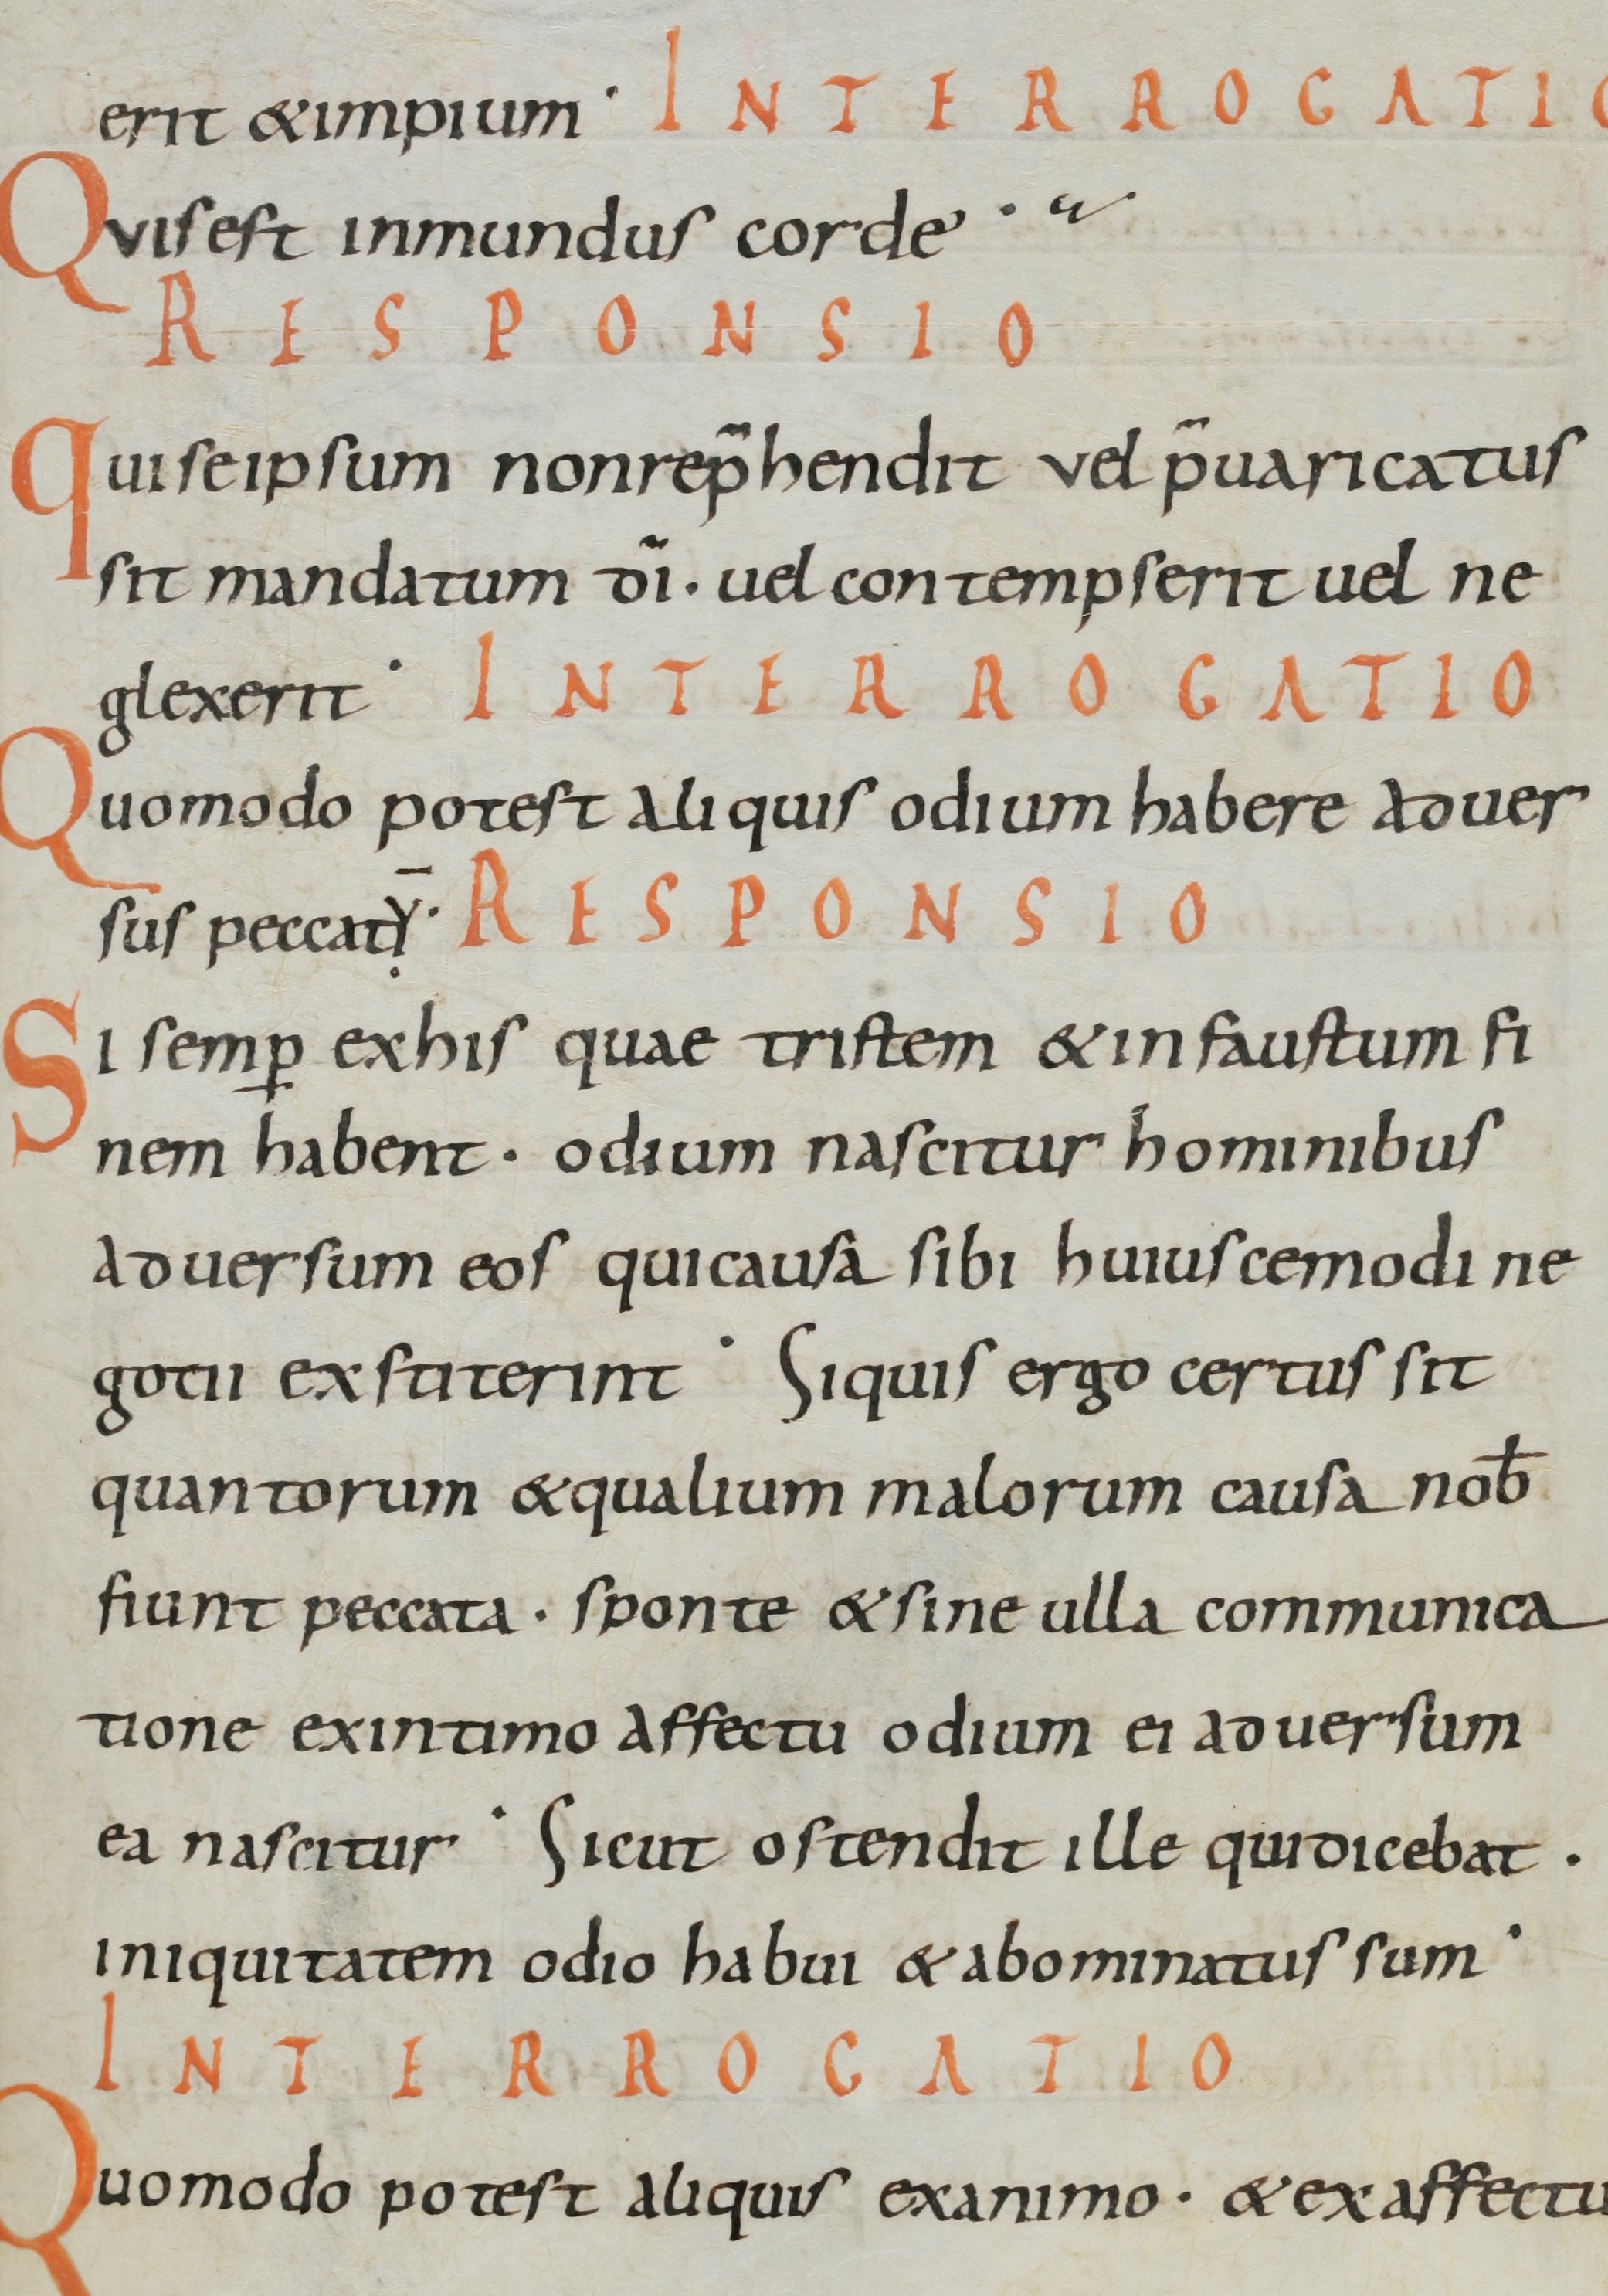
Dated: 800–899